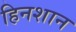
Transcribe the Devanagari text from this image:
हिनशान